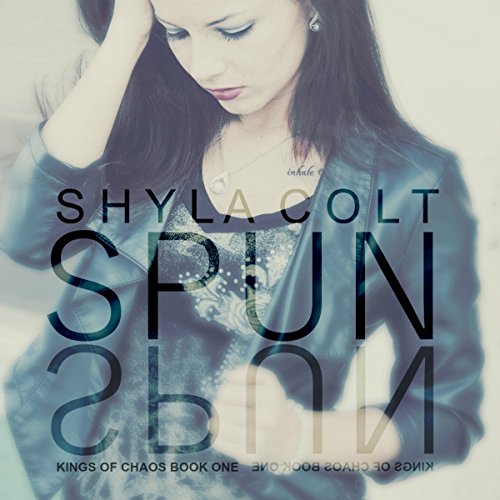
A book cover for Spun: Kings of Chaos Book 1; Shyla Colt; Romance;